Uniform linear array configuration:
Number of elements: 4
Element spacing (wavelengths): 1
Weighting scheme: uniform
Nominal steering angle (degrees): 60
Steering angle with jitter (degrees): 58.984
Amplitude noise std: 0.05
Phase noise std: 0.05

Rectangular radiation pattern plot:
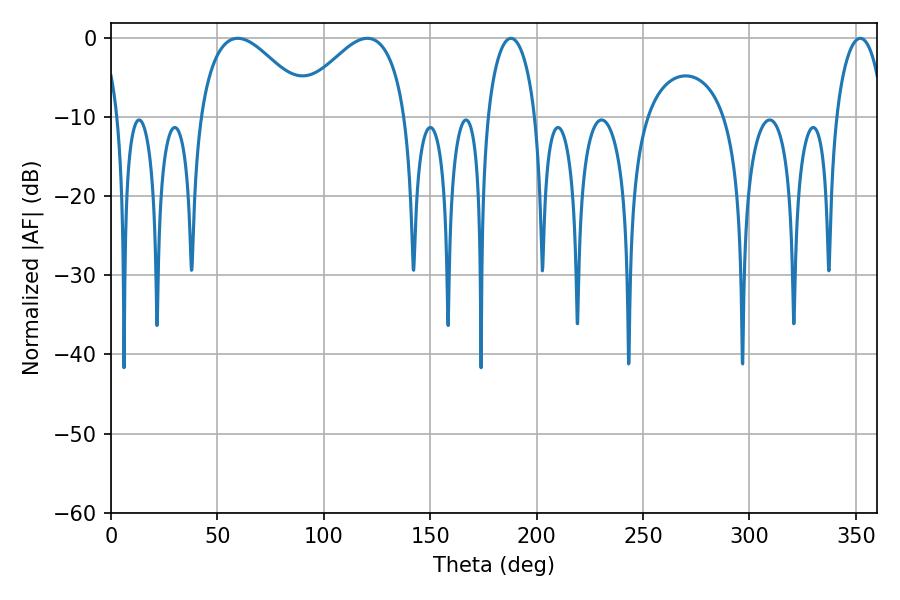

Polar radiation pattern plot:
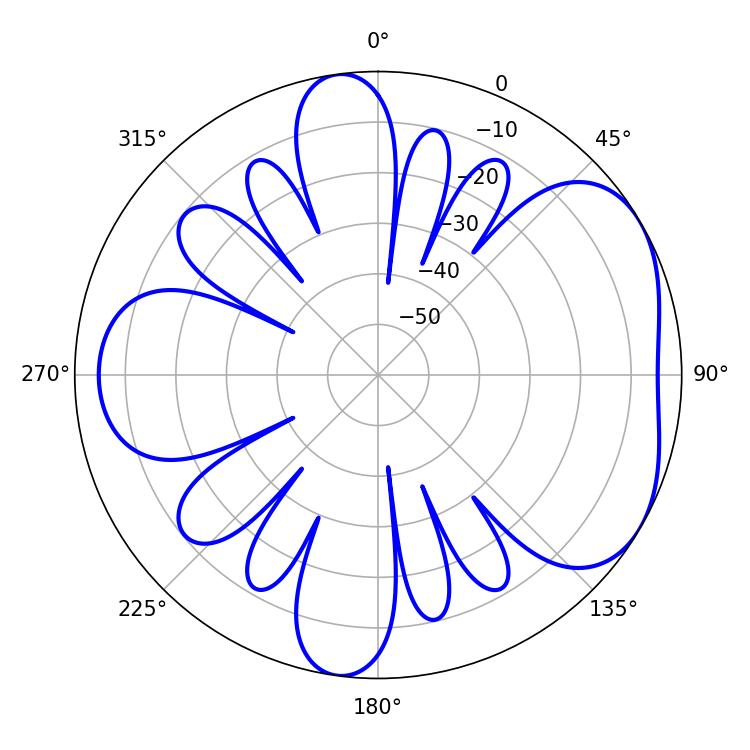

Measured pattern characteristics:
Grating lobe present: TRUE
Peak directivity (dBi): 4.767
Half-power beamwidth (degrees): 12.78
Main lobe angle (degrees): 352.08